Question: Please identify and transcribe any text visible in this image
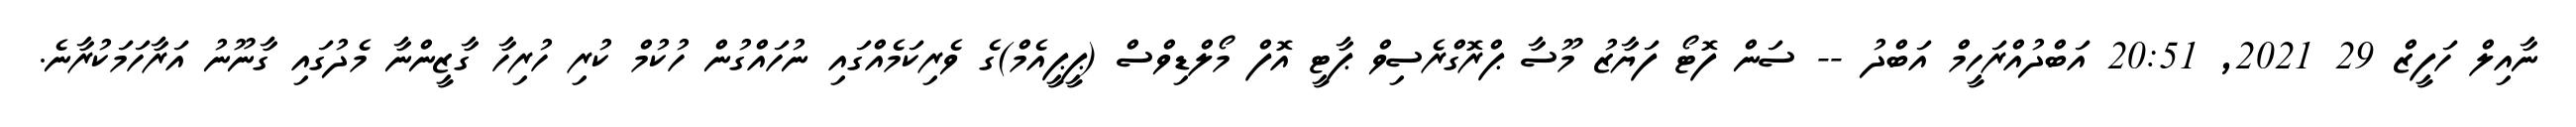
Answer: ނާއިލް ހަފީޒް 29 2021, 20:51 އަބްދުއްރަހީމް އަބްދު -- ސަން ފޮޓޯ ފަޔާޒު މޫސާ ޕްރޮގްރެސިވް ޕާޓީ އޮފް މޯލްޑިވްސް (ޕީޕީއެމް)ގެ ވެރިކަމެއްގައި ނުހައްގުން ހުކުމް ކުރި ހުރިހާ ގާޒީންނާ މެދުގައި ގާނޫނު އަރާހަމަކުރާނެ.